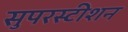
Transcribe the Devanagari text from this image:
सुपरस्टीशन